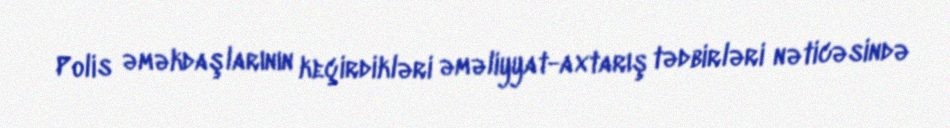
Polis əməkdaşlarının keçirdikləri əməliyyat-axtarış tədbirləri nəticəsində